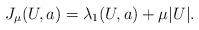
LaTeX: \begin{align*} J_\mu(U,a) = \lambda_1(U,a) + \mu |U|. \end{align*}